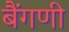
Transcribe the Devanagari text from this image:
बैंगणी